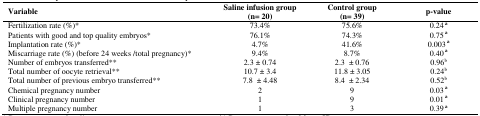
| Variable | Saline infusion group(n= 20) | Control group(n= 39) | p-value |
 | --- | --- | --- | --- |
 | Fertilization rate (%)* | 73.4% | 75.6% | 0.24 a |
 | Patients with good and top quality embryos * | 76.1% | 74.3% | 0.75 a |
 | Implantation rate (%)* | 4.7% | 41.6% | 0.003 a |
 | Miscarriage rate (%) (before 24 weeks /total pregnancy) * | 9.4% | 8.7% | 0.40 a |
 | Number of embryos transferred** | 2.3 ± 0.74 | 2.3 ± 0.76 | 0.96b |
 | Total number of oocyte retrieval ** | 10.7 ± 3.4 | 11.8 ± 3.05 | 0.24b |
 | Total number of previous embryo transferred ** | 7.8 ± 4.48 | 8.4 ± 2.34 | 0.52b |
 | Chemical pregnancy number | 2 | 9 | 0.03 a |
 | Clinical pregnancy number | 1 | 9 | 0.01 a |
 | Multiple pregnancy number | 1 | 3 | 0.39 a |